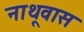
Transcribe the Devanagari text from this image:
नाथूवास